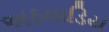
અઠવાડિય